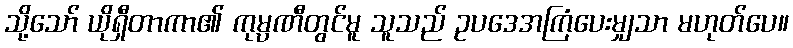
သို့သော် ယိုရှီတာကာ၏ ကုမ္ပဏီတွင်မူ သူသည် ဥပဒေအကြံပေးမျှသာ မဟုတ်ပေ။